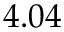
4 . 0 4